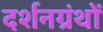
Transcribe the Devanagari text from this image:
दर्शनग्रंथों